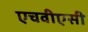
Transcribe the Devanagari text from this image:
एचवीएसी